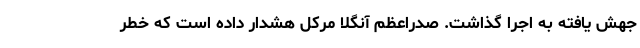
جهش یافته به اجرا گذاشت. صدراعظم آنگلا مرکل هشدار داده است که خطر